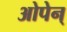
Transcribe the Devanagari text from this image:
ओपेन्